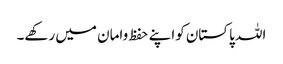
اللہ پاکستان کواپنے حفظ وامان میں رکھے۔